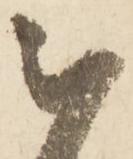
被